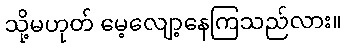
သို့မဟုတ် မေ့လျော့နေကြသည်လား။